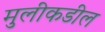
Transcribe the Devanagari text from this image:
मुलीकडील